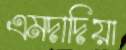
এমদাদিয়া